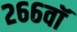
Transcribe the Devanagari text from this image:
२६६वॉ